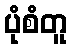
ပုံစံတူ